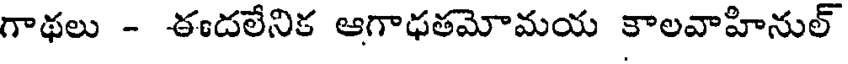
గాథలు - ఈదలేనిక ఆగాధతమోమయ కాలవాహినుల్